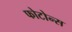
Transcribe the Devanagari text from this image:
फोटोन्स